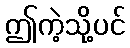
ဤကဲ့သို့ပင်